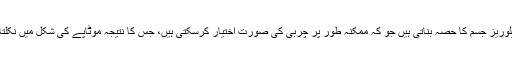
رات گئے کچھ کھانے کی عادت چاہے وہ میٹھا ہو یا نمکین، ایسی کیلوریز جسم کا حصہ بناتی ہیں جو کہ ممکنہ طور پر چربی کی صورت اختیار کرسکتی ہیں، جس کا نتیجہ موٹاپے کی شکل میں نکلتا ہے اور آگے بڑھ کر ذیابیطس اور دیگر امراض کا خطرہ بڑھتا ہے۔